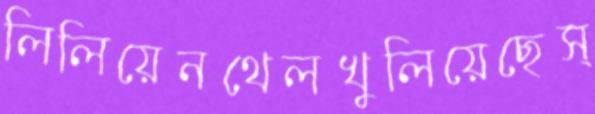
লিলিয়েনথেলখুলিয়েছেস্